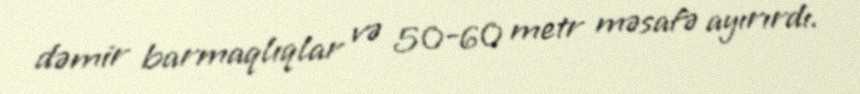
dəmir barmaqlıqlar və 50-60 metr məsafə ayırırdı.